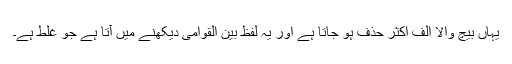
یہاں بیچ والا الف اکثر حذف ہو جاتا ہے اور یہ لفظ بین القوامی دیکھنے میں آتا ہے جو غلط ہے۔